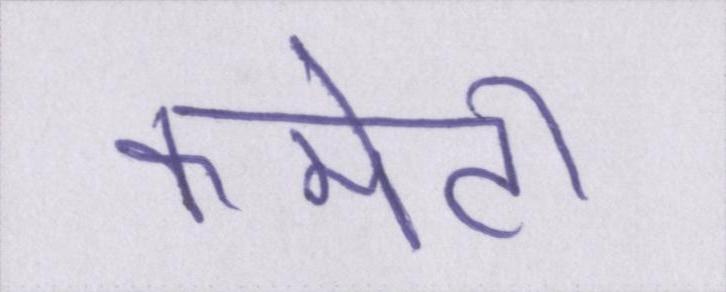
कमेटी